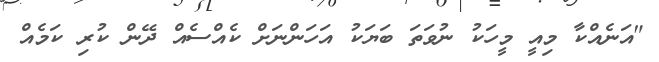
"އަނެއްކާ މިއީ މީހަކު ނުވަތަ ބަޔަކު އަހަންނަށް ކެއްސެއް ދޭން ކުރި ކަމެއް